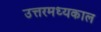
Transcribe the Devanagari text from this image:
उत्तरमध्यकाल